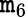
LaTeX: \mathtt{m}_{6}